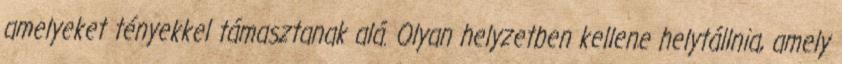
amelyeket tényekkel támasztanak alá. Olyan helyzetben kellene helytállnia, amely